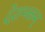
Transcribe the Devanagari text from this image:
देशभक्तम्